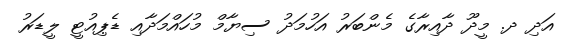
އަދި ދ. މީދޫ ދާއިރާގެ މެންބަރު އަހުމަދު ސިޔާމް މުހައްމަދާއި ޑެޕިއުޓީ ލީޑަރު